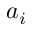
a _ { i }